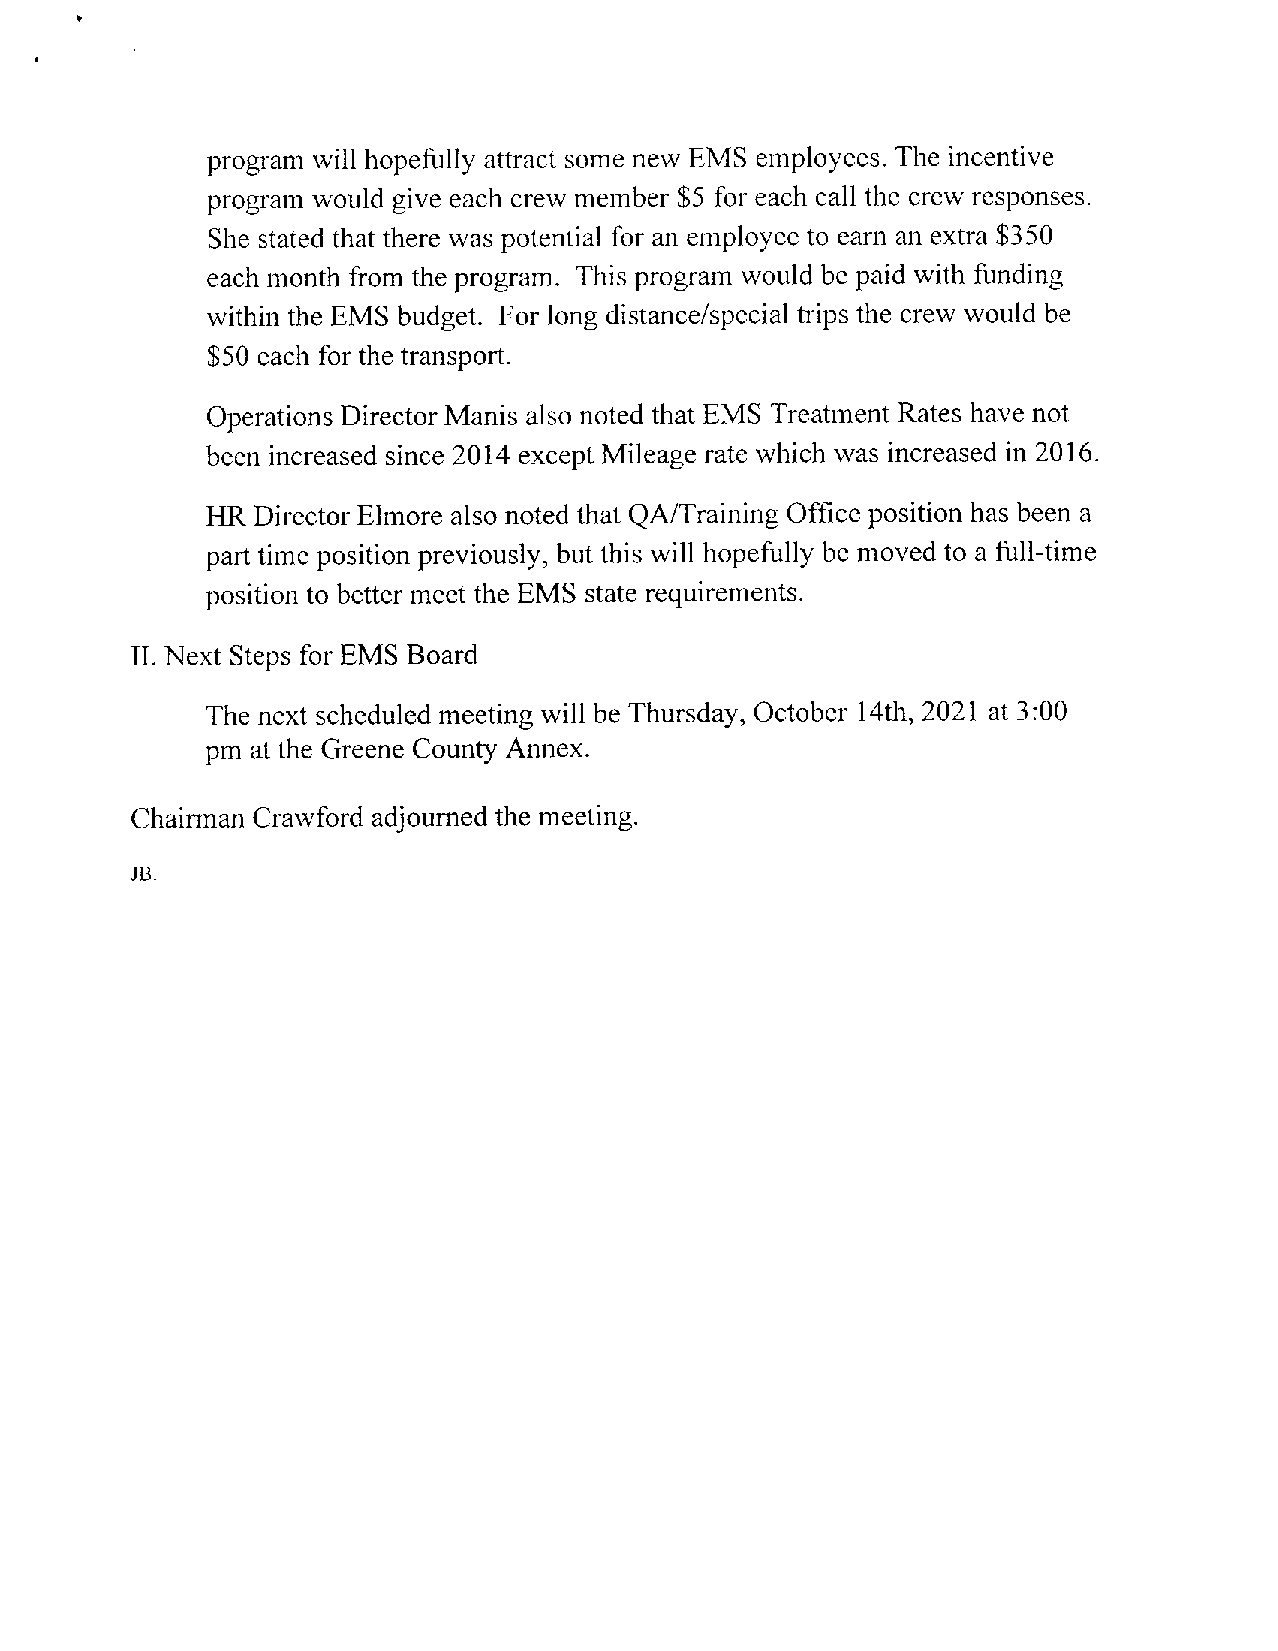
program will hopefully attract some new EMS employees. The incentive
 program would give each crew member $5 for each call the crew responses.
 She stated that there was potential for an employee to earn an extra $350
 each month from the program. This program would be paid with funding
 within the EMS budget. For long distance/special trips the crew would be
 $50 each for the transport.
 Operations Director Manis also noted that EMS Treatment Rates have not
 been increased since 2014 except Mileage rate which was increased in 2016.
 HR DirectorElmore also noted that QA/Training Office position has been a
 part time position previously, but this will hopefully be moved to a full-time
 position to better meet the EMS state requirements.
 II. Next Steps for EMS Board
 The next scheduledmeeting will be Thursday, October 14th, 2021 at 3:00
 pm at the Greene County Annex.
 Chairman Crawford adjourned the meeting.
 JB.